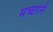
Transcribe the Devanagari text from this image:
मच्छाने